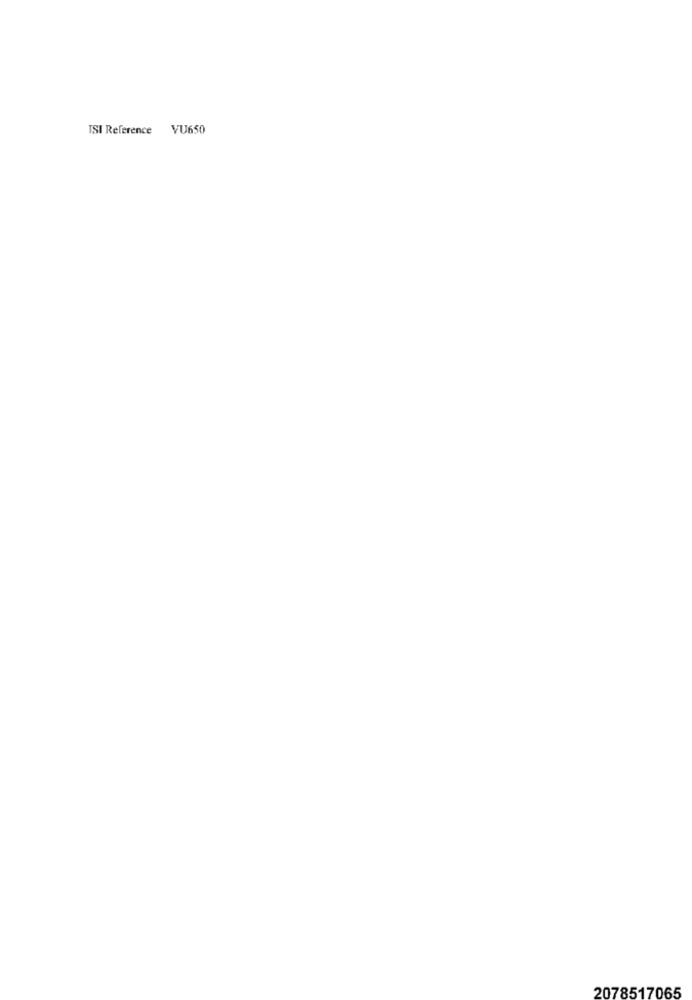
TSI Reference VU650
2078517065